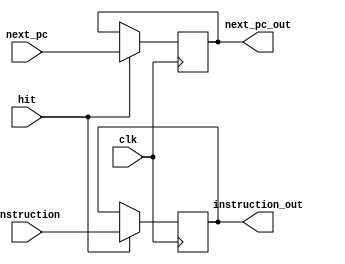
`timescale 1ns / 1ps

module IF_ID_regs (
	input clk,
	input [31:0] next_pc,
	input [31:0] instruction,
	input hit,
	output reg [31:0] next_pc_out,
	output reg [31:0] instruction_out
	);
	
	always @(negedge clk) begin
		if (hit) begin
			next_pc_out = next_pc;
			instruction_out = instruction;
		end
	end
	
endmodule